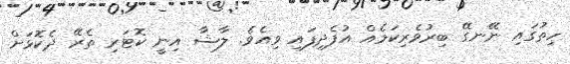
ހިތުގައި ނޭނގޭ ބިރުވެރިކަމެއް އުފެދިފައި ވިއެވެ. ލާޝާ އިނީ ކޮޓަރި ތެރޭ ދެކޮޅަށް